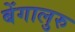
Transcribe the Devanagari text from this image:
बेंगालुरु